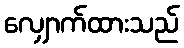
လျှောက်ထားသည်